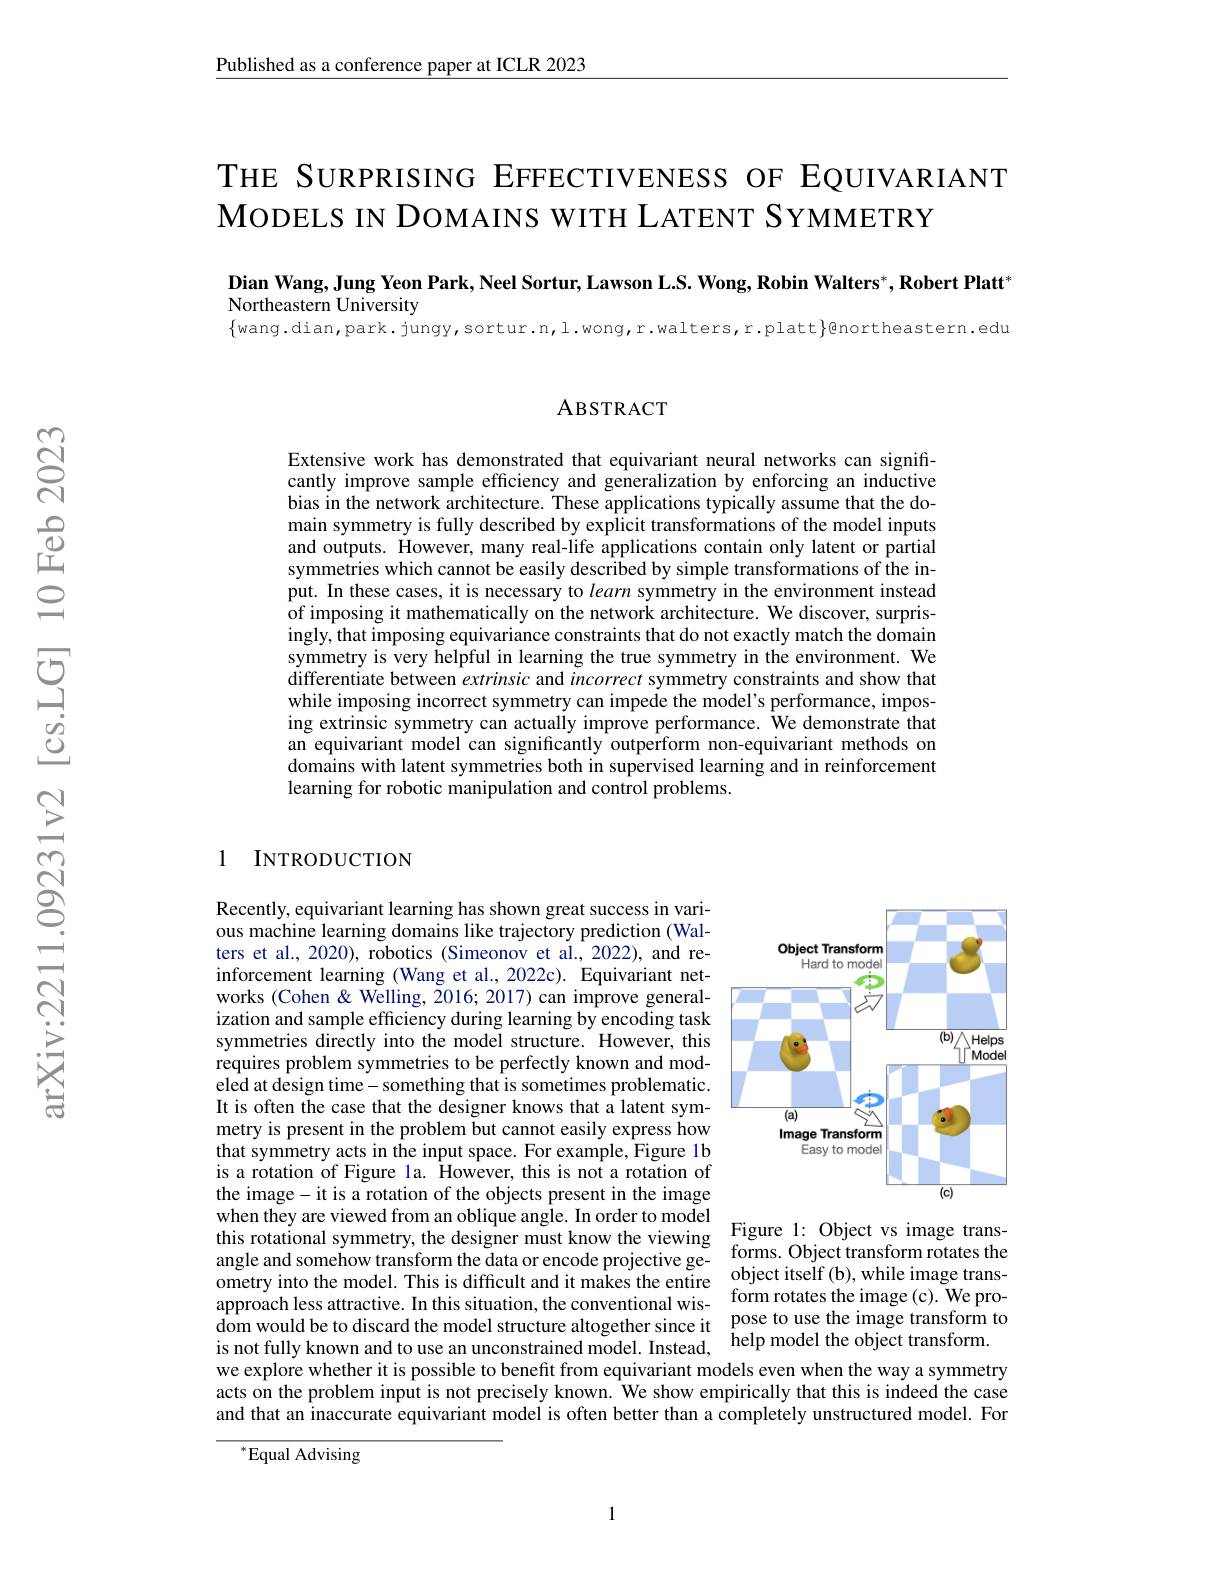
$\underline{\text{Published as a conference paper at ICLR 2023}}$

THE SURPRISING EFFECTIVENESS OF EQUIVARIANT
MODELS IN DOMAINS WITH LATENT SYMMETRY

Dian Wang, Jung Yeon Park, Neel Sortur, Lawson L.S. Wong, Robin Walters*, Robert Platt*

Northeastern University

$\{$wang.dian,park.jungy,sortur.n,l.wong,r.walters,r.platt}@northeastern.edu

ABSTRACT

Extensive work has demonstrated that equivariant neural networks can significantly improve sample effciency and generalization by enforcing an inductive bias in the network architecture. These applications typically assume that the domain symmetry is fully described by explicit transformations of the model inputs and outputs. However, many real-life applications contain only latent or partial symmetries which cannot be easily described by simple transformations of the input. In these cases, it is necessary to learn symmetry in the environment instead of imposing it mathematically on the network architecture. We discover, surprisingly, that imposing equivariance constraints that do not exactly match the domain symmetry is very helpful in learning the true symmetry in the environment. We differentiate between extrinsic and incorrect symmetry constraints and show that while imposing incorrect symmetry can impede the model's performance, imposing extrinsic symmetry can actually improve performance. We demonstrate that an equivariant model can significantly outperform non-equivariant methods on domains with latent symmetries both in supervised learning and in reinforcement learning for robotic manipulation and control problems.

1 INTRODUCTION

<FigureHere>

Recently, equivariant learning has shown great success in various machine learning domains like trajectory prediction (Walters et al., 2020), robotics (Simeonov et al., 2022), and reinforcement learning (Wang et al., 2022c). Equivariant networks (Cohen & Welling, 2016; 2017) can improve generalization and sample efficienc symmetries directly into the model structure. However, this requires problem symmetries eled at design time- something that is sometimes problematic. It is often the case that th metry is present in the problem but cannot easily express how that symmetry acts in the input space. For example, Figure 1b is a rotation of Figure la. the image- it is a rotation of the objects present in the image when they are viewed from an oblique angle. In order to model Figure 1: Object vs image transthis rotational symmetry, the designer must know the viewing forms Obiact trans rotatas the angle and somehow transform the data or encode projective ge- $\begin{array}{c}\mathrm{forms.~Object~transform~rotates~the}\\\mathrm{angle~and~somehow~transform~the~data~or~encode~projective~ge-~~obicat~itransform~rotates~the}\end{array}$ ometry into the model. This approach less attractive. In this situation, the conventional wis- form rotates the image(c). We prodom would be to discard the is not fully known and to use an unconstrained model. Instead, help model the object transform. we explore whether it is pos acts on the problem input is not precisely known. $\hat{\text{We showempiricallythatthisisindeedthecase}}$ and that an inaccurate equivariant model is often better than a completely unstructured model. For

${^*}{\mathrm{Equal~Advising}}$

1